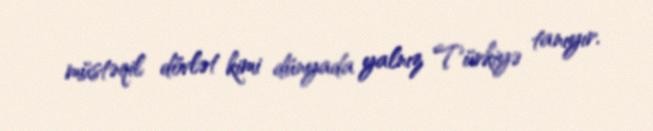
müstəqil dövlət kimi dünyada yalnız Türkiyə tanıyır.